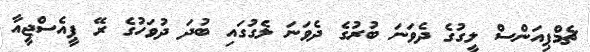
ޗެމްޕިއަންސް ލީގުގެ ދެވަނަ ބުރުގެ ދެވަނަ ލެގުގައި ބުދަ ދުވަހުގެ ރޭ ޕީއެސްޖީއާ